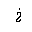
Letter: _kha